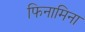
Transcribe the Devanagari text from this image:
फिनामिना